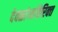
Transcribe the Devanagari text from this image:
देवळांव्यतिरिक्‍त